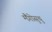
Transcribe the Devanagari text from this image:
मैंगोसुथु